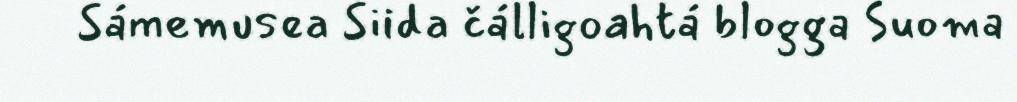
Sámemusea Siida čálligoahtá blogga Suoma